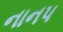
નાનપ